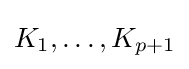
K_{1},\ldots ,K_{p+1}